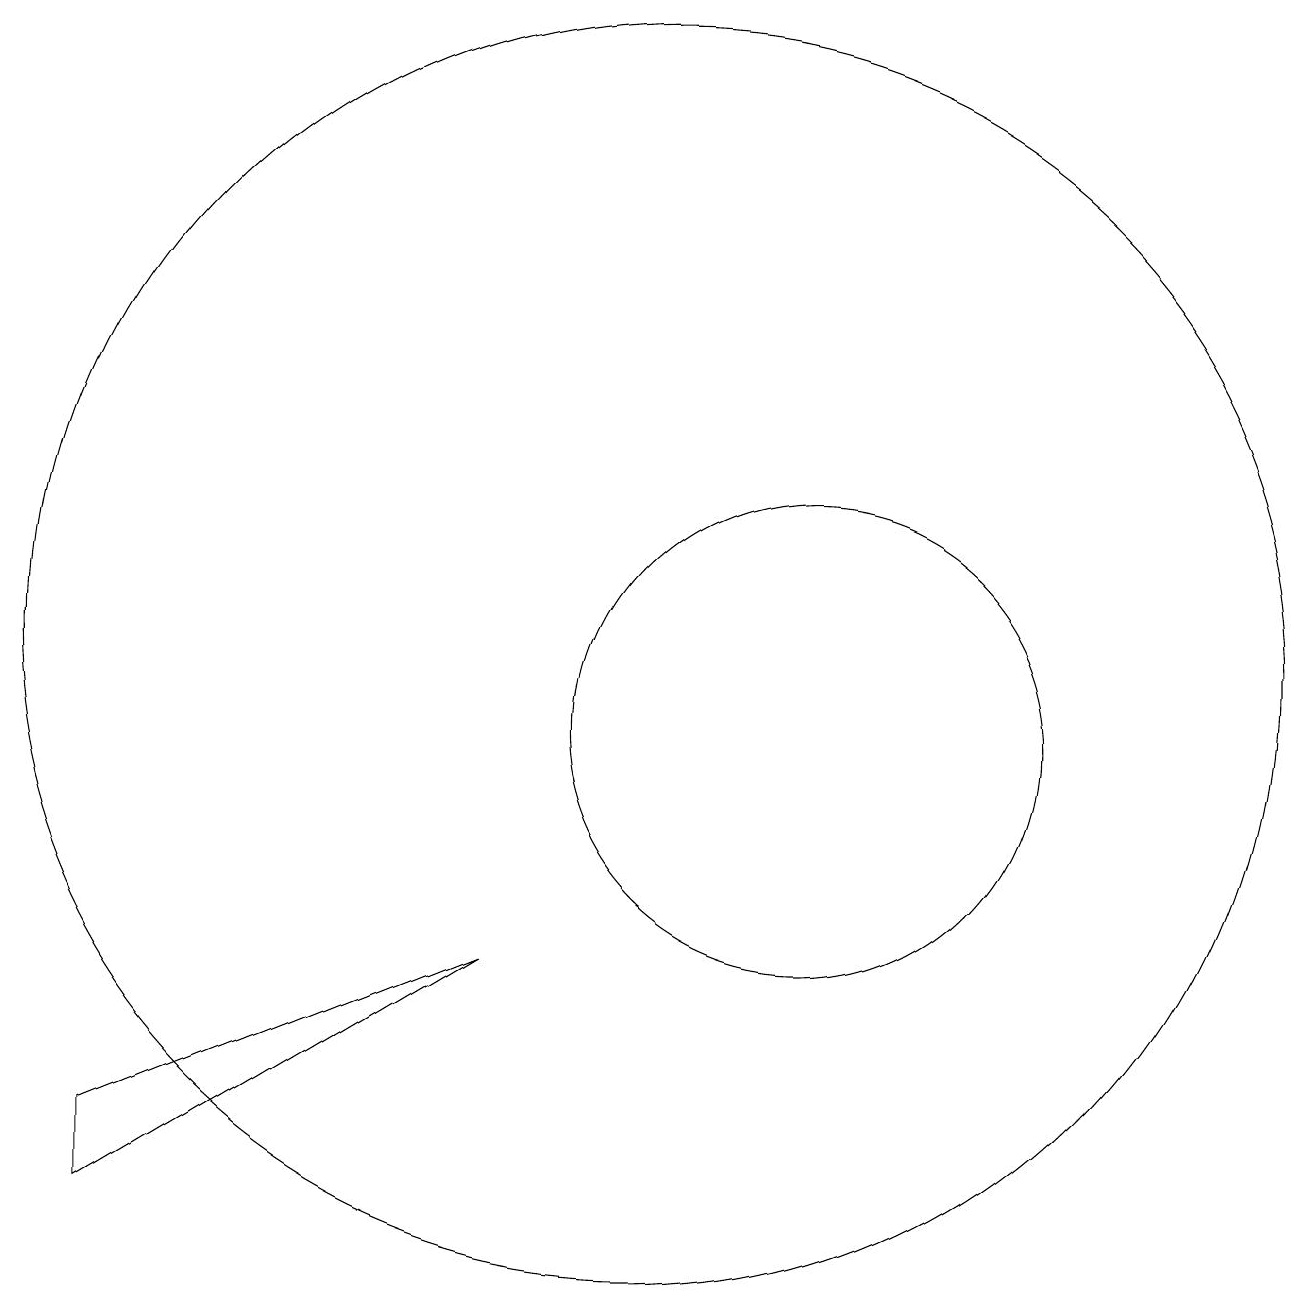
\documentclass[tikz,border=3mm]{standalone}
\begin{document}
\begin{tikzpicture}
\draw (12,11) circle (3);
\draw (10,12) circle (8);
\draw (3,6) -- (3,5) -- (8,8) -- cycle;
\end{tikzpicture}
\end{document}